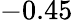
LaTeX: -0.45